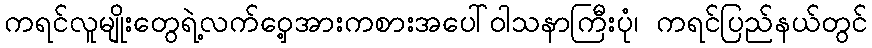
ကရင်လူမျိုးတွေရဲ့လက်ဝှေ့အားကစားအပေါ်ဝါသနာကြီးပုံ၊ ကရင်ပြည်နယ်တွင်